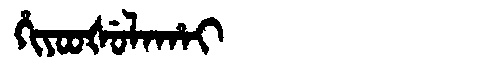
Manchu: ᡥᡳᠶᠣᠣᡧᡠᠯᠠᡥᠠᡳ
Romanization: HIYOOŠULAHAI